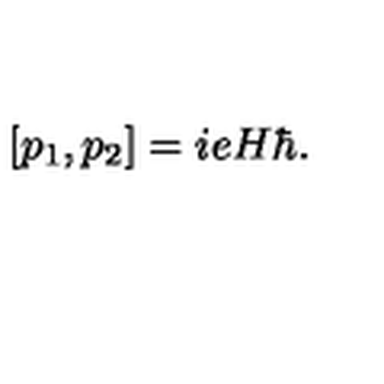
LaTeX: [ p _ { 1 } , p _ { 2 } ] = i e H \hbar .